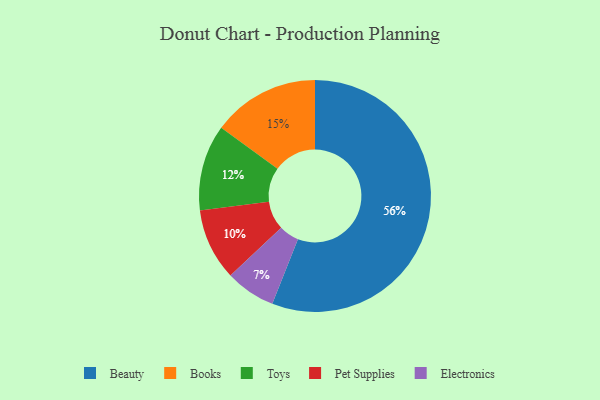
{"axis": {"x": "Category", "y": "Percentage"}, "legend": ["Beauty", "Books", "Electronics", "Pet Supplies", "Toys"], "data": [{"x": "Books", "y": 15, "type": "Books"}, {"x": "Toys", "y": 12, "type": "Toys"}, {"x": "Beauty", "y": 56, "type": "Beauty"}, {"x": "Pet Supplies", "y": 10, "type": "Pet Supplies"}, {"x": "Electronics", "y": 7, "type": "Electronics"}]}